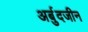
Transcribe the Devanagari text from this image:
अर्बुदजीन